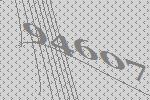
94607